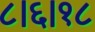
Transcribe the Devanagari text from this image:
८।६।१८